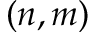
( n , m )